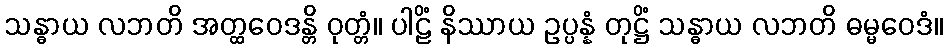
သန္ဓာယ လဘတိ အတ္ထဝေဒန္တိ ဝုတ္တံ။ ပါဠိံ နိဿာယ ဥပ္ပန္နံ တုဋ္ဌိံ သန္ဓာယ လဘတိ ဓမ္မဝေဒံ။